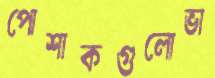
পোশাকগুলোভা